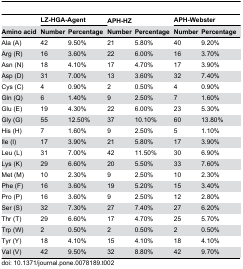
|  | <COLSPAN=2> LZ-HGA-Agent | APH-HZ |  | <COLSPAN=2> APH-Webster |
 | Amino acid | Number | Percentage | Number | Percentage | Number | Percentage |
 | --- | --- | --- | --- | --- | --- | --- |
 | Ala (A) | 42 | 9.50% | 21 | 5.80% | 40 | 9.20% |
 | Arg (R) | 16 | 3.60% | 22 | 6.00% | 16 | 3.70% |
 | Asn (N) | 18 | 4.10% | 17 | 4.70% | 17 | 3.90% |
 | Asp (D) | 31 | 7.00% | 13 | 3.60% | 32 | 7.40% |
 | Cys (C) | 4 | 0.90% | 2 | 0.50% | 4 | 0.90% |
 | Gln (Q) | 6 | 1.40% | 9 | 2.50% | 7 | 1.60% |
 | Glu (E) | 19 | 4.30% | 22 | 6.00% | 23 | 5.30% |
 | Gly (G) | 55 | 12.50% | 37 | 10.10% | 60 | 13.80% |
 | His (H) | 7 | 1.60% | 9 | 2.50% | 5 | 1.10% |
 | Ile (I) | 17 | 3.90% | 21 | 5.80% | 17 | 3.90% |
 | Leu (L) | 31 | 7.00% | 42 | 11.50% | 30 | 6.90% |
 | Lys (K) | 29 | 6.60% | 20 | 5.50% | 33 | 7.60% |
 | Met (M) | 10 | 2.30% | 9 | 2.50% | 10 | 2.30% |
 | Phe (F) | 16 | 3.60% | 19 | 5.20% | 15 | 3.40% |
 | Pro (P) | 16 | 3.60% | 9 | 2.50% | 12 | 2.80% |
 | Ser (S) | 32 | 7.30% | 27 | 7.40% | 27 | 6.20% |
 | Thr (T) | 29 | 6.60% | 17 | 4.70% | 25 | 5.70% |
 | Trp (W) | 2 | 0.50% | 2 | 0.50% | 2 | 0.50% |
 | Tyr (Y) | 18 | 4.10% | 15 | 4.10% | 18 | 4.10% |
 | Val (V) | 42 | 9.50% | 32 | 8.80% | 42 | 9.70% |